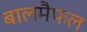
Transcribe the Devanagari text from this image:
बालमैफल